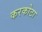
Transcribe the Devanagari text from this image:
करकोटा